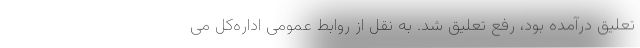
تعلیق درآمده بود، رفع تعلیق شد. به نقل از روابط عمومی اداره‌کل می